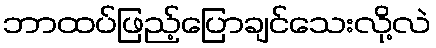
ဘာထပ်ဖြည့်ပြောချင်သေးလို့လဲ